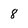
Character: 8